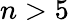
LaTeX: n>5